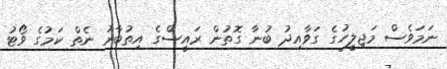
ނަމަވެސް މަޖިލީހުގެ ގަވާއިދު ބުނާ ގޮތުން ރައީސްގެ އިތުބާރު ނެތް ކަމުގެ ވޯޓު